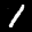
Label: 1